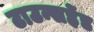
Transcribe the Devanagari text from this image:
टाउन्सहेंड